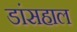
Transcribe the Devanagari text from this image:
डांसहाल